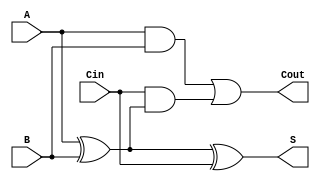
module full_adder (
    input A,
    input B,
    input Cin,
    output S,
    output Cout
);

assign S = A ^ B ^ Cin;
assign Cout = (A & B) | (Cin & (A ^ B));

endmodule